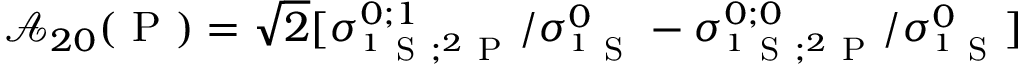
\mathcal { A } _ { 2 0 } ( \mathrm { ~ P ~ } ) = \sqrt { 2 } \lbrack { \sigma } _ { ^ 1 \mathrm { ~ S ~ } ; ^ { 2 } \mathrm { ~ P ~ } } ^ { 0 ; 1 } / { \sigma } _ { ^ 1 \mathrm { ~ S ~ } } ^ { 0 } - { \sigma } _ { ^ 1 \mathrm { ~ S ~ } ; ^ { 2 } \mathrm { ~ P ~ } } ^ { 0 ; 0 } / { \sigma } _ { ^ 1 \mathrm { ~ S ~ } } ^ { 0 } \rbrack